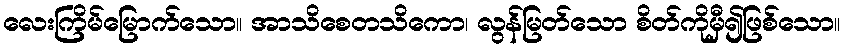
လေးကြိမ်မြောက်သော။ အာသိစေတသိကော၊ လွန်မြတ်သော စိတ်ကိုမှီ၍ဖြစ်သော။